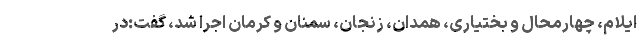
ایلام، چهارمحال و بختیاری، همدان، زنجان، سمنان و کرمان اجرا شد، گفت:در